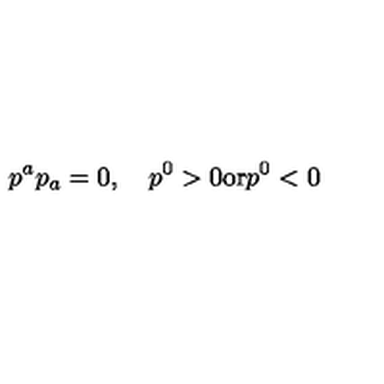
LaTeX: p ^ { a } p _ { a } = 0 , \quad p ^ { 0 } > 0 \mathrm { o r } p ^ { 0 } < 0